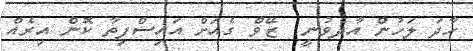
ހާދަ ލަހުން އާދެވުނީ  ޒޭވް ގެއަށް އައިސްފިތާ ކޮން އިރެއް